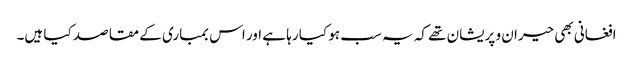
افغانی بھی حیران و پریشان تھے کہ یہ سب ہو کیا رہا ہے اور اس بمباری کے مقاصد کیا ہیں۔